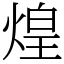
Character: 煌